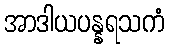
အာဒါယပန္နရသကံ